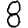
Digit: 8